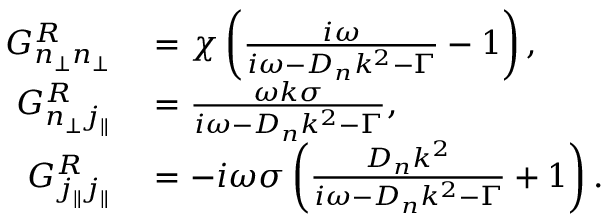
\begin{array} { r l } { G _ { n _ { \perp } n _ { \perp } } ^ { R } } & { { } = \chi \left( \frac { i \omega } { i \omega - D _ { n } k ^ { 2 } - \Gamma } - 1 \right) , } \\ { G _ { n _ { \perp } j _ { \| } } ^ { R } } & { { } = \frac { \omega k \sigma } { i \omega - D _ { n } k ^ { 2 } - \Gamma } , } \\ { G _ { j _ { \| } j _ { \| } } ^ { R } } & { { } = - i \omega \sigma \left( \frac { D _ { n } k ^ { 2 } } { i \omega - D _ { n } k ^ { 2 } - \Gamma } + 1 \right) . } \end{array}